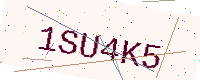
Text: 1SU4K5